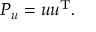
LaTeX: P _ { u } = u u ^ { \mathrm { T } } .